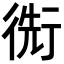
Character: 𢔬